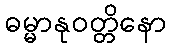
ဓမ္မာနုဝတ္တိနော